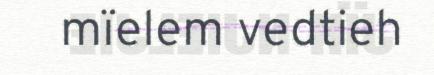
mïelem vedtieh